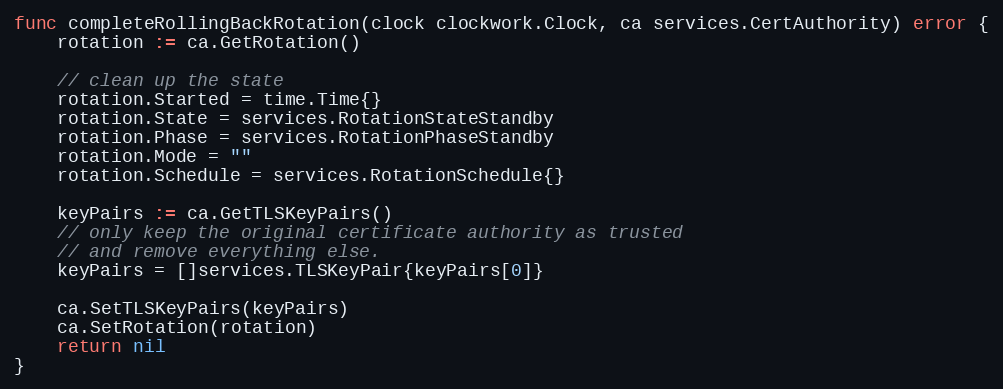
Language: Go
func completeRollingBackRotation(clock clockwork.Clock, ca services.CertAuthority) error {
	rotation := ca.GetRotation()

	// clean up the state
	rotation.Started = time.Time{}
	rotation.State = services.RotationStateStandby
	rotation.Phase = services.RotationPhaseStandby
	rotation.Mode = ""
	rotation.Schedule = services.RotationSchedule{}

	keyPairs := ca.GetTLSKeyPairs()
	// only keep the original certificate authority as trusted
	// and remove everything else.
	keyPairs = []services.TLSKeyPair{keyPairs[0]}

	ca.SetTLSKeyPairs(keyPairs)
	ca.SetRotation(rotation)
	return nil
}